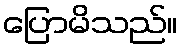
ပြောမိသည်။